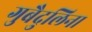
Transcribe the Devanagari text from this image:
गुबैदुलिना